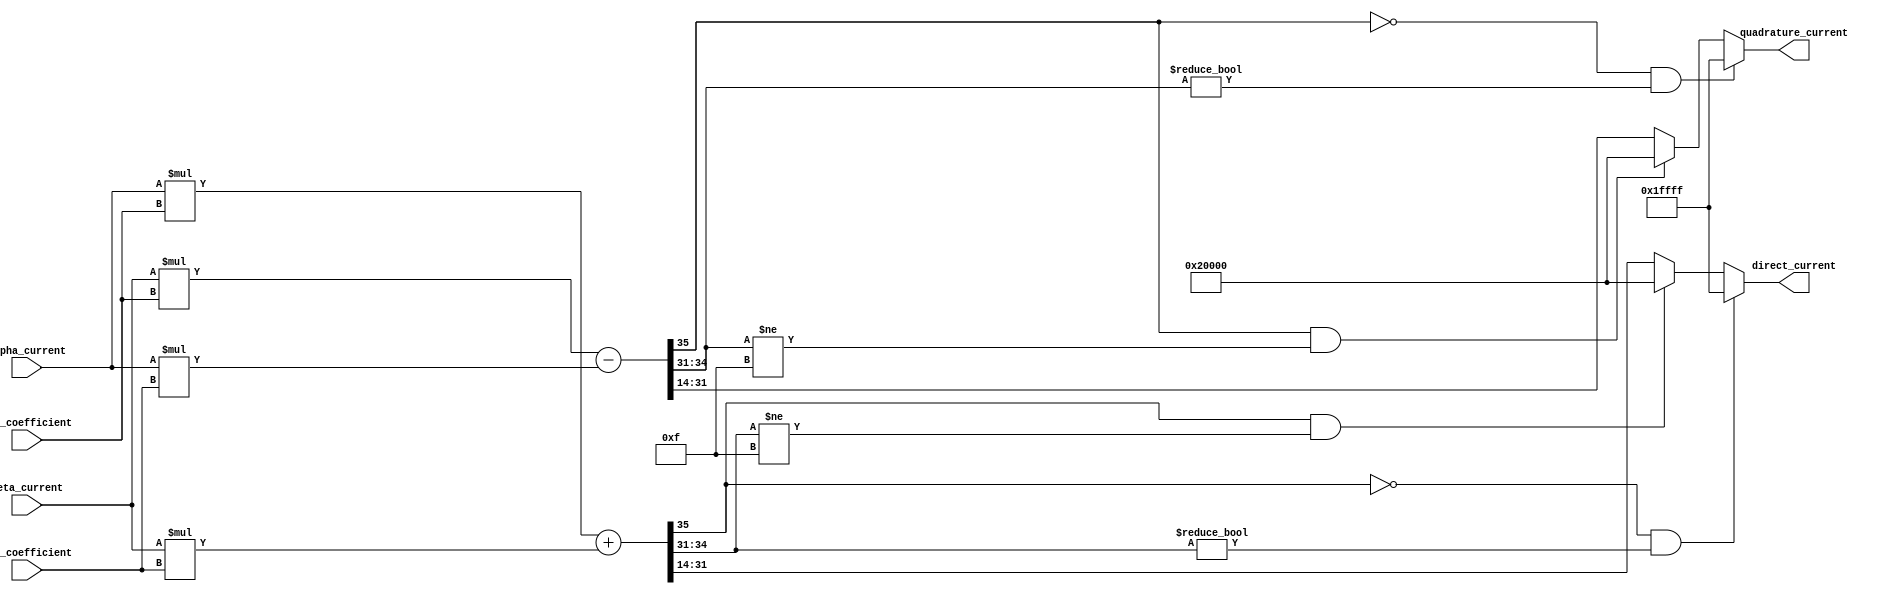
// -------------------------------------------------------------
// 
// 
// Generated by MATLAB 8.2 and HDL Coder 3.3
// 
// -------------------------------------------------------------


// -------------------------------------------------------------
// 
// Module: velocityControlHdl_Park_Transform
// Source Path: velocityControlHdl/Transform_ABC_to_dq/Park_Transform
// Hierarchy Level: 5
// 
// -------------------------------------------------------------

`timescale 1 ns / 1 ns

module velocityControlHdl_Park_Transform
          (
           sin_coefficient,
           cos_coefficient,
           alpha_current,
           beta_current,
           direct_current,
           quadrature_current
          );


  input   signed [17:0] sin_coefficient;  // sfix18_En16
  input   signed [17:0] cos_coefficient;  // sfix18_En16
  input   signed [17:0] alpha_current;  // sfix18_En13
  input   signed [17:0] beta_current;  // sfix18_En13
  output  signed [17:0] direct_current;  // sfix18_En15
  output  signed [17:0] quadrature_current;  // sfix18_En15


  wire signed [35:0] Product2_out1;  // sfix36_En29
  wire signed [35:0] Product3_out1;  // sfix36_En29
  wire signed [35:0] Add1_out1;  // sfix36_En29
  wire signed [17:0] D_Data_Type_out1;  // sfix18_En15
  wire signed [35:0] Product1_out1;  // sfix36_En29
  wire signed [35:0] Product_out1;  // sfix36_En29
  wire signed [35:0] Add_out1;  // sfix36_En29
  wire signed [17:0] Q_Data_Type_out1;  // sfix18_En15

  // Converts balanced two-phase orthogonal stationary system to an orthogonal rotating reference frame.
  // 
  // Park Transform


  // <S42>/Product2
  assign Product2_out1 = alpha_current * cos_coefficient;



  // <S42>/Product3
  assign Product3_out1 = beta_current * sin_coefficient;



  // <S42>/Add1
  assign Add1_out1 = Product2_out1 + Product3_out1;



  // <S42>/D_Data_Type
  assign D_Data_Type_out1 = ((Add1_out1[35] == 1'b0) && (Add1_out1[34:31] != 4'b0000) ? 18'sb011111111111111111 :
              ((Add1_out1[35] == 1'b1) && (Add1_out1[34:31] != 4'b1111) ? 18'sb100000000000000000 :
              $signed(Add1_out1[31:14])));



  assign direct_current = D_Data_Type_out1;

  // <S42>/Product1
  assign Product1_out1 = beta_current * cos_coefficient;



  // <S42>/Product
  assign Product_out1 = alpha_current * sin_coefficient;



  // <S42>/Add
  assign Add_out1 = Product1_out1 - Product_out1;



  // <S42>/Q_Data_Type
  assign Q_Data_Type_out1 = ((Add_out1[35] == 1'b0) && (Add_out1[34:31] != 4'b0000) ? 18'sb011111111111111111 :
              ((Add_out1[35] == 1'b1) && (Add_out1[34:31] != 4'b1111) ? 18'sb100000000000000000 :
              $signed(Add_out1[31:14])));



  assign quadrature_current = Q_Data_Type_out1;

endmodule  // velocityControlHdl_Park_Transform